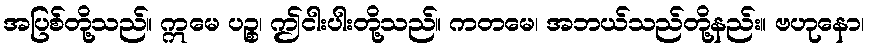
အပြစ်တို့သည်။ ဣမေ ပဉ္စ၊ ဤငါးပါးတို့သည်။ ကတမေ၊ အဘယ်သည်တို့နည်း။ ဗဟုနော၊